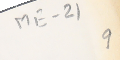
ME- 21 9